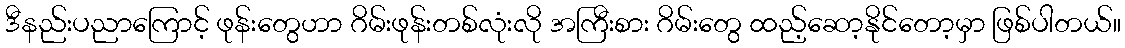
ဒီနည်းပညာကြောင့် ဖုန်းတွေဟာ ဂိမ်းဖုန်းတစ်လုံးလို အကြီးစား ဂိမ်းတွေ ထည့်ဆော့နိုင်တော့မှာ ဖြစ်ပါတယ်။